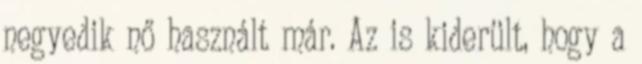
negyedik nő használt már. Az is kiderült, hogy a